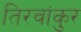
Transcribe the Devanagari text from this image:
तिरवांकुर